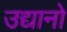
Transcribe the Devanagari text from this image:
उद्यानो